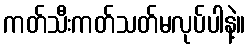
ကတ်သီးကတ်သတ်မလုပ်ပါနဲ့။